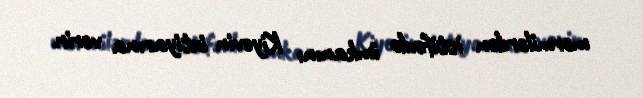
mərmilərdən istifadə imkanını Kiyevin ixtiyarına verir.